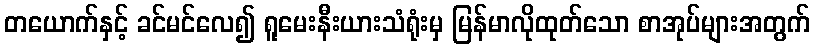
တယောက်နှင့် ခင်မင်လေ၍ ရူမေးနီးယားသံရုံးမှ မြန်မာလိုထုတ်သော စာအုပ်များအတွက်